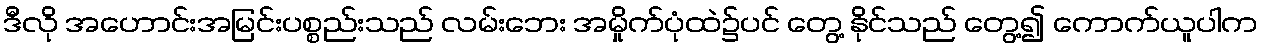
ဒီလို အဟောင်းအမြင်းပစ္စည်းသည် လမ်းဘေး အမှိုက်ပုံထဲ၌ပင် တွေ့ နိုင်သည် တွေ့၍ ကောက်ယူပါက